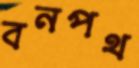
বনপথ